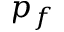
p _ { f }